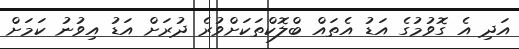
އަދި އެ ގޮވުމުގެ އަޑު އެތައް ބްލޮކްތަކަށްވުރެ ދުރަށް އަޑު އިވުނު ކަމަށް